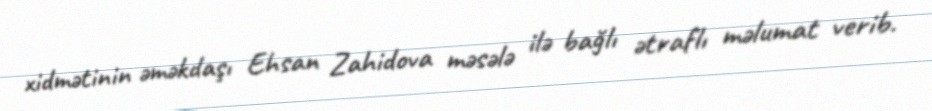
xidmətinin əməkdaşı Ehsan Zahidova məsələ ilə bağlı ətraflı məlumat verib.